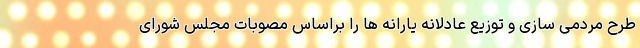
طرح مردمی سازی و توزیع عادلانه یارانه ها را براساس مصوبات مجلس شورای